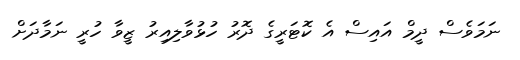
ނަމަވެސް ދީމް އައިސް އެ ކޮޓަރީގެ ދޮރު ހުޅުވާލިއިރު ޒީވާ ހުރީ ނަމާދަށް